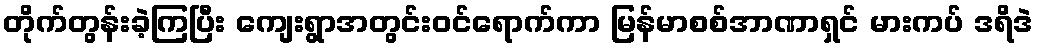
တိုက်တွန်းခဲ့ကြပြီး ကျေးရွာအတွင်းဝင်ရောက်ကာ မြန်မာစစ်အာဏာရှင် မားကပ် ဒရိဒဲ